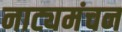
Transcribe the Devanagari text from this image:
नाट्यमंचन